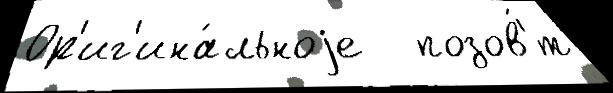
Ор'иг'ина́льноjе   позов'́т